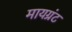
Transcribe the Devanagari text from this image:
मायग्रंट